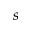
s